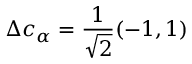
\Delta c _ { \alpha } = \frac { 1 } { \sqrt { 2 } } ( - 1 , 1 )